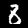
Label: 8